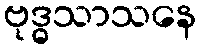
ဗုဒ္ဓသာသနေ